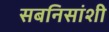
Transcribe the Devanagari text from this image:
सबनिसांशी